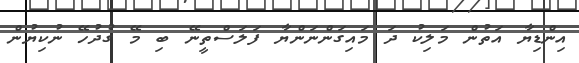
އިންޑިޔާ އަތުން މަލިކު ދަ މައިގަންނަންޔާ ފަލަސްތީނޭ ބި މޭ ގުދުހޭ ނުކިޔުން